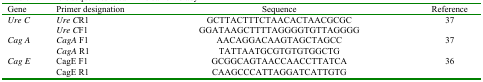
<table><thead><tr><td><b>Gene</b></td><td><b>Primer designation</b></td><td><b>Sequence</b></td><td><b>Reference</b></td></tr></thead><tbody><tr><td><i>Ure C</i></td><td><i>Ure C</i>R1<i>Ure C</i>F1</td><td>GCTTACTTTCTAACACTAACGCGCGGATAAGCTTTTAGGGGTGTTAGGGG</td><td>37</td></tr><tr><td><i>Cag A</i></td><td><i>CagA</i> F1<i>CagA</i> R1</td><td>AACAGGACAAGTAGCTAGCCTATTAATGCGTGTGTGGCTG</td><td>37</td></tr><tr><td><i>Cag E</i></td><td>CagE F1CagE R1</td><td>GCGGCAGTAACCAACCTTATCACAAGCCCATTAGGATCATTGTG</td><td>36</td></tr></tbody></table>